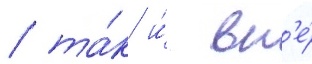
/ та́к и́ вн'е́